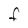
Character: F